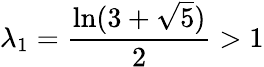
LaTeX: \lambda_{1}={\frac{\ln(3+{\sqrt{5}})}{2}}>1